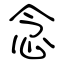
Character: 念